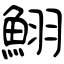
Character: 鮙